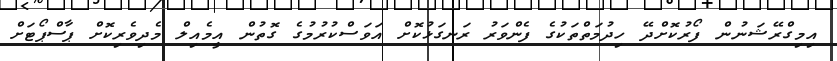
އިމިގްރޭޝަނުން ފޯރުކޮށްދޭ ހިދުމަތްތަކުގެ ފެންވަރު ރަނގަޅުކޮށް އަވަސްކުރުމުގެ ގޮތުން އީމެއިލް މެދިވެރިކޮށް ޕާސްޕޯޓަށް